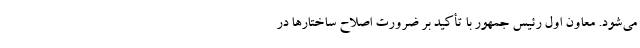
می‌شود. معاون اول رئیس جمهور با تأکید بر ضرورت اصلاح ساختارها در